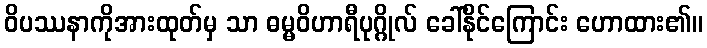
ဝိပဿနာကိုအားထုတ်မှ သာ ဓမ္မဝိဟာရီပုဂ္ဂိုလ် ခေါ်နိုင်ကြောင်း ဟောထား၏။